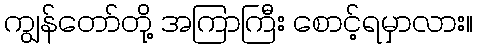
ကျွန်တော်တို့ အကြာကြီး စောင့်ရမှာလား။